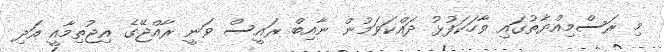
މި ރަސްމިއްޔާތުގައި ވާހަކަފުޅު ދައްކަވަމުން ނާއިބް ރައީސް ވަނީ ރާއްޖޭގެ އިޖުތިމާއީ އަދި